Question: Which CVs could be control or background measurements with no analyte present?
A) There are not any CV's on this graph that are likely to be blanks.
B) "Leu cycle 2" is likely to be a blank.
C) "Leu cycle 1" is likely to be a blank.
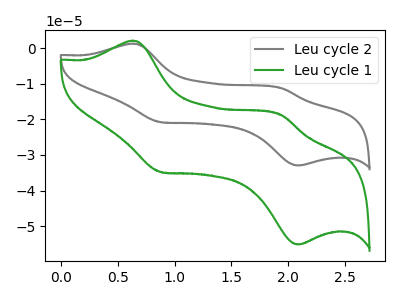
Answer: <think>The gray curve "Leu cycle 2" has anodic peaks at (0.65V, 1.25uA) (1.95V, -11.25uA) and cathodic peaks at (0.90V, -20.80uA) (2.10V, -32.95uA). The green curve "Leu cycle 1" has anodic peaks at (0.65V, 2.10uA) (1.95V, -18.80uA) and cathodic peaks at (0.90V, -34.80uA) (2.10V, -55.15uA).</think>
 <answer>A) There are not any CV's on this graph that are likely to be blanks.</answer>
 <eval>A</eval>